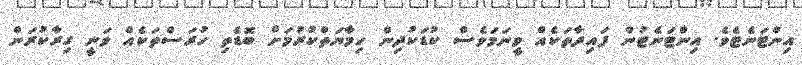
އިންޓަނެޓެވެ. އިންޓަނެޓުން ފައިދާތަކެއް ވީނަމަވެސް ކުޑަކުދިން ހިމާޔަތްކުރުމަށް ބޮޑެތި ހުރަސްތަކެއް ވަނީ ގިރާކުރަން